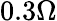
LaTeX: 0.3\Omega